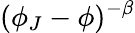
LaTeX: (\phi_{J}-\phi)^{-\beta}